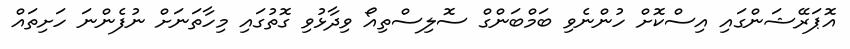
އޮޕަރޭޝަންގައި އިސްކޮށް ހުންނެވި ބަމްބަންގް ސޮލިސްތިއޯ ވިދާޅުވި ގޮތުގައި މިހާތަނަށް ނުފެންނަ ހަށިތައް